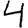
Digit: 4